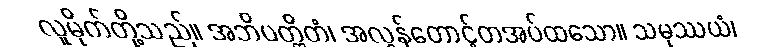
လူမိုက်တို့သည်။ အဘိပတ္ထိတံ၊ အလွန်တောင့်တအပ်ထသော။ သမုဿယံ၊